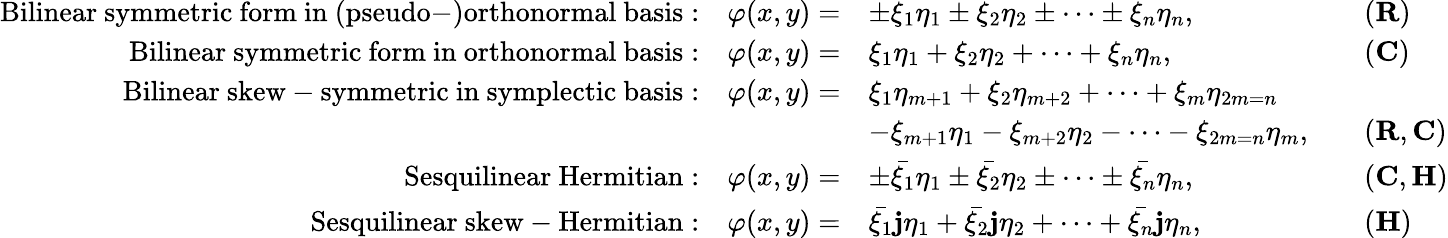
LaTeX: {\begin{array}{rlrl}{{\mathrm{Bilinear~symmetric~form~in~(pseudo-)orthonormal~basis:}}\quad\varphi(x,y)=}&{{\pm}\xi_{1}\eta_{1}\pm\xi_{2}\eta_{2}\pm\cdots\pm\xi_{n}\eta_{n},}&&{(\mathbf{R})}\\ {{\mathrm{Bilinear~symmetric~form~in~orthonormal~basis:}}\quad\varphi(x,y)=}&{\xi_{1}\eta_{1}+\xi_{2}\eta_{2}+\cdots+\xi_{n}\eta_{n},}&&{(\mathbf{C})}\\ {{\mathrm{Bilinear~skew-symmetric~in~symplectic~basis:}}\quad\varphi(x,y)=}&{\xi_{1}\eta_{m+1}+\xi_{2}\eta_{m+2}+\cdots+\xi_{m}\eta_{2m=n}}\\ &{-\xi_{m+1}\eta_{1}-\xi_{m+2}\eta_{2}-\cdots-\xi_{2m=n}\eta_{m},}&&{(\mathbf{R},\mathbf{C})}\\ {{\mathrm{Sesquilinear~Hermitian:}}\quad\varphi(x,y)=}&{{\pm}{\bar{\xi_{1}}}\eta_{1}\pm{\bar{\xi_{2}}}\eta_{2}\pm\cdots\pm{\bar{\xi_{n}}}\eta_{n},}&&{(\mathbf{C},\mathbf{H})}\\ {{\mathrm{Sesquilinear~skew-Hermitian:}}\quad\varphi(x,y)=}&{{\bar{\xi_{1}}}\mathbf{j}\eta_{1}+{\bar{\xi_{2}}}\mathbf{j}\eta_{2}+\cdots+{\bar{\xi_{n}}}\mathbf{j}\eta_{n},}&&{(\mathbf{H})}\end{array}}